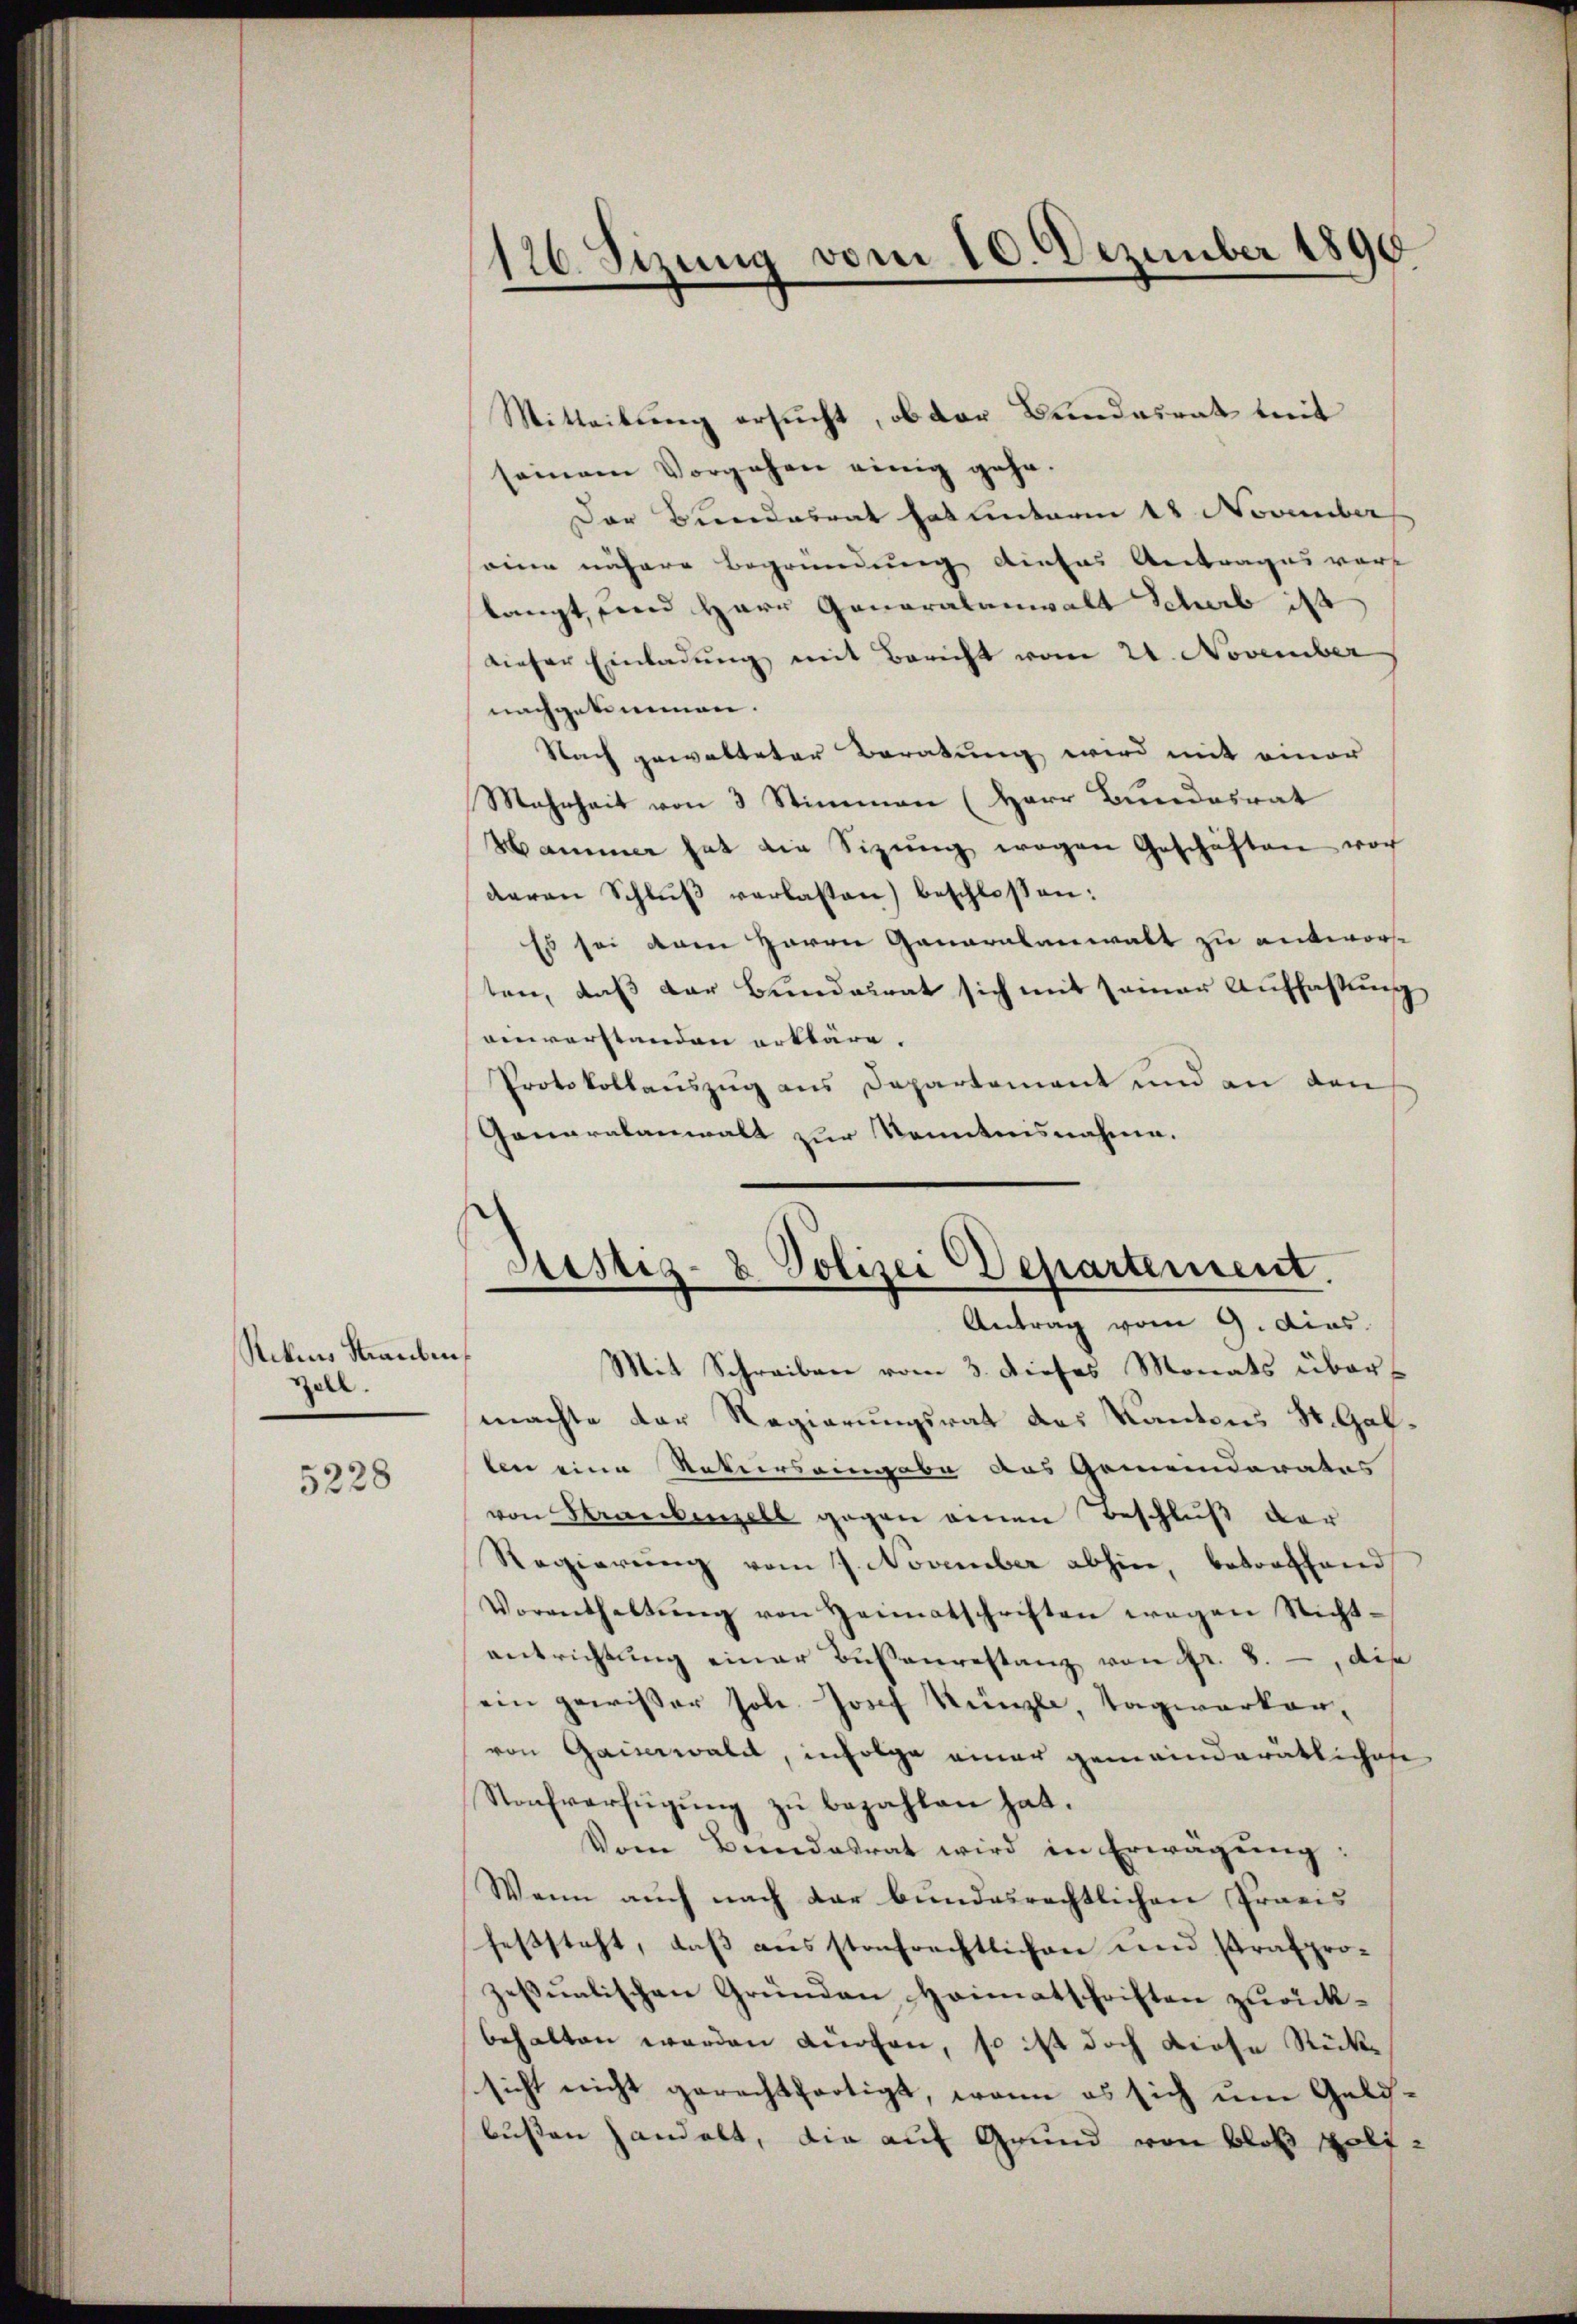
Riken Stauben
Zell.

5228

176. Sizung vom 10. Dezember 1890

Mitteilung ersucht, ob der Bundesrat mit
seinem Vorgehen einig gehe.
Der Biendesrat hat unterm 18 November
eine nähere Begründung dieses Antrages vorst
langt, sein Herr Generalanwalt Scheib ist
dieser Einladung mit Bericht vom 24. November
nachgekommen.
Nach gewalteter Beratung wird mit einer
Mahrheit von 3 Stimmen (Herr Bundesrat
Hammer hat die Sizŭng wegen Geschäften noch
deren Schlŭβ verlassen) beschlossen:
Es sei vom Herrn Ganaralanwalt zu antworten, daß der Bundesrat sich mit seiner Auffassung
ainverstanden erkläre.
Protokollauszug aus Departement und an den
Ganaralanwalt zur Kenntnisnahme.

Justiz- & Polizei Departement.
Antrag vom 9. dies
Mit Schreiben vom 3. dieses Monats über

machte der Regierungsrat des Kantons St. Gallen eine Natursaingabe das Gemeinderates
von Straubenzell gegen einen Beschluß der
Regierŭng vom 7. November abhin, betroffend
Vorenthaltŭng von Heimatschriften wegen Nicht-
entrichtung einer Busserrestanz von Fr. 8. , die
ein gewisser soll Josef Künzli, Tagwerker-
von Gaiserwald, infolge einer gemeinderätliches
Strafverfügung zu bezahlen hat.
Vom Bundesrat wird in Erwägŭng:
Wenn auch nach dar bundesrechtlichen Praxis
feststeht, daß ausstofrechtlichen und strafprozessualischen Gründen Heimatschriften zurückbehalten werden dürfen, so ist doch diese Rücksicht nicht gerechthortigt, wenn es sich um Gelibussen handelt, die auf Grund von Bloß poli¬